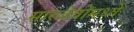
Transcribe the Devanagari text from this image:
सारजेवोमध्ये